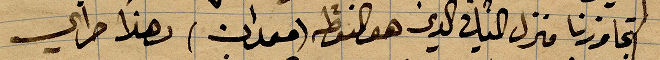
تجاوزنا منزل ال... الذي هو النقطة (حمدان) وهذا ...